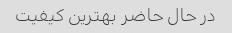
در حال حاضر بهترین کیفیت